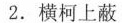
2.横柯上蔽